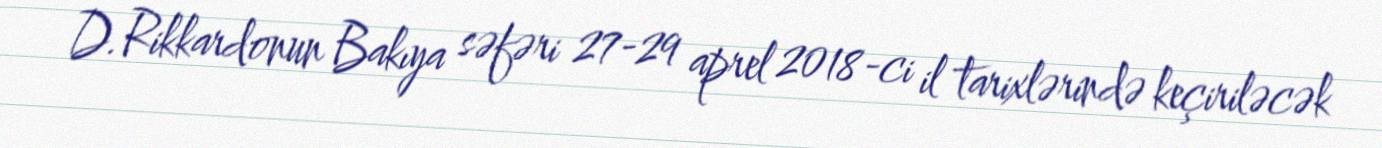
D.Rikkardonun Bakıya səfəri 27-29 aprel 2018-ci il tarixlərində keçiriləcək